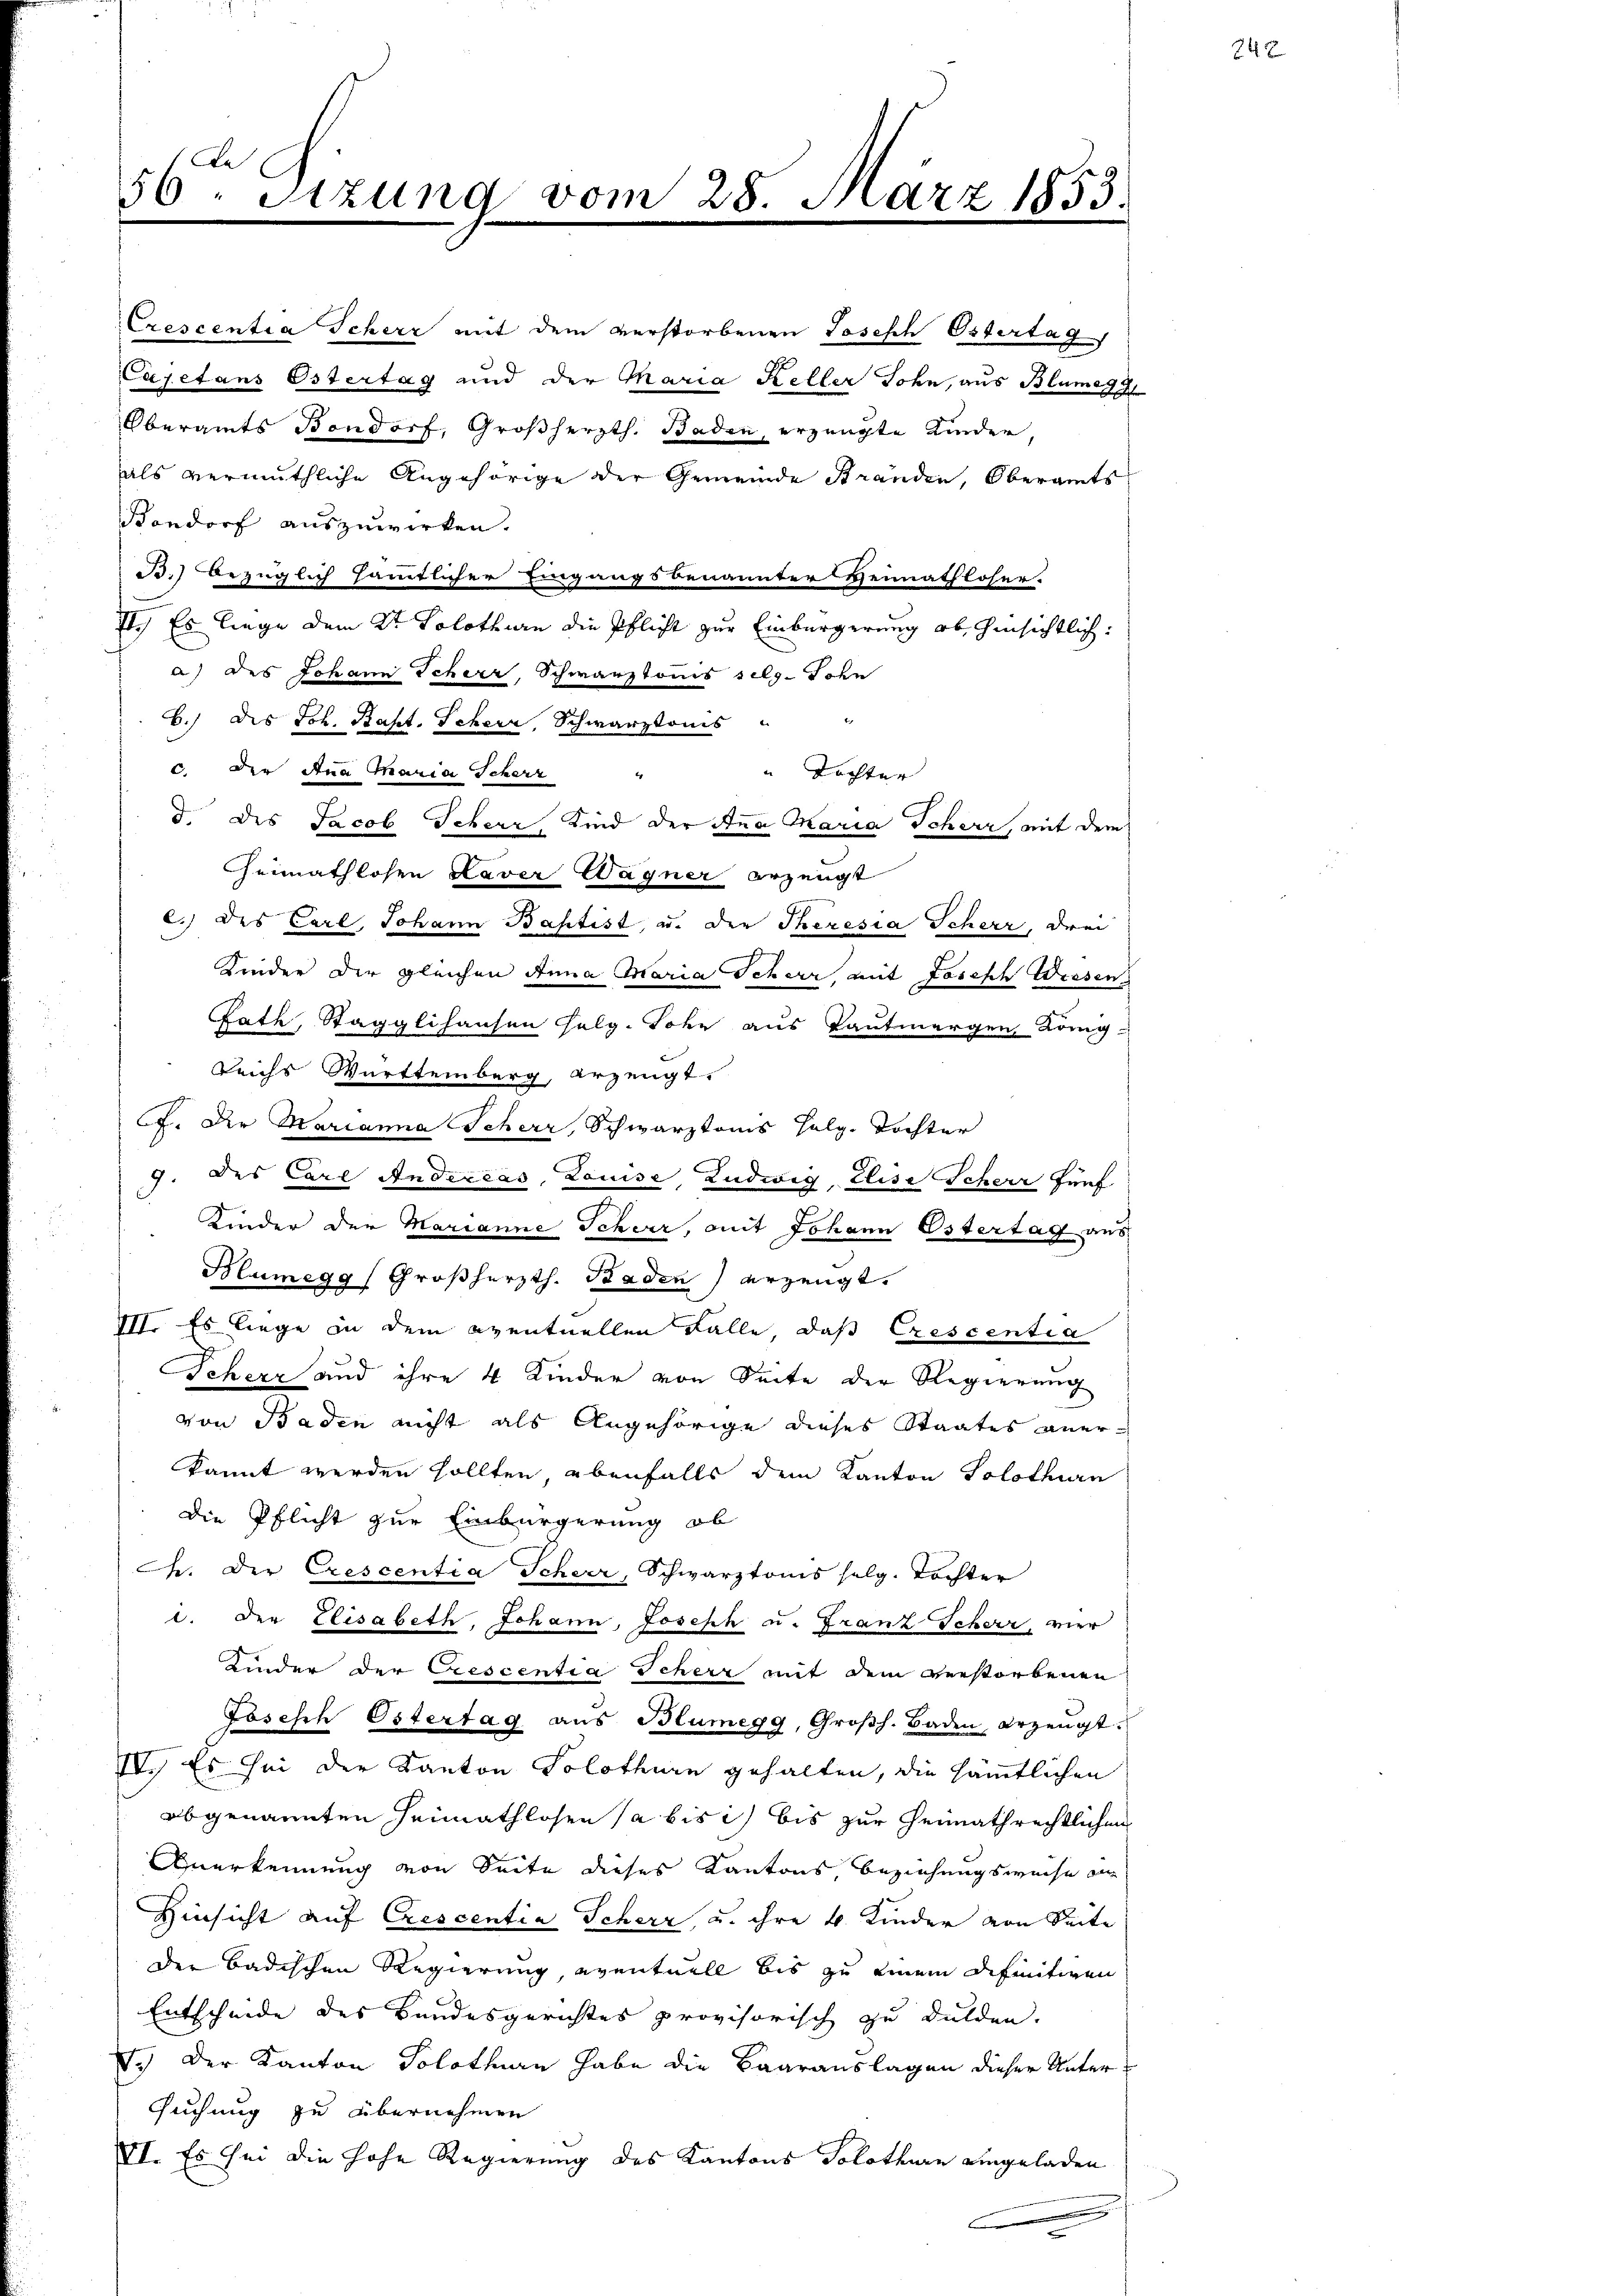
56ten Sizung vom 28. März 1853.

Crescentia Scherz mit dem verstorbenen Tosesch Östertag
Cajetans Ostertag und der Maria Keller John, aus Blumagz
Oberamts Bondorf, Großherzth. Baden, erzeugte Kinder,
als vermuthliche Angehörige der Gemeinde Bränden, Oberamts
Vondorf auszuwirken.
B.) bezüglich sämmtlicher Eingangsbenannter Heimathloser.
7) Es liege dem Kt. Solothurn die Pflicht zur Einbergerung ob, hinsichtlich:
a.) des Johann Scherz, Schwarztonis selg. John
b.) des Joh. Bapt. Schern, Schwarztonis " "
c. Die Ana Maria Scherz
" Töchter
d. des Jacob Scherr, Kind der Ana Maria Scherz, mit dem
Heimathlosen Daver Wagner erzeugt
c.) des Carl, Johann Baptist, u. der Theresia Scherz, drei
Kinder der gleichen Anna Maria Scherr, mit Joseph Wiesen
Rath, Stägglihausen Helg. John aus Tautmergen König
Reichs Württemberg, erzeugt.
F. Der Marianna Scherr, Schwarztoms Helg. Tochter
J. des Carl Andercas, Louise, Ludwig, Elise Scherr fünf
Kinder der Marianne Scheer, mit Johann Ostertag aus
Blumegg (Großherzth. Baden erzeugt.
I. Es liege in dem eventuellen Falle, daß Crescentia
Scherz und ihre 4 Kinder von Seite der Regierung
von Baden nicht als Angehörige dieses Staates anerkannt werden sollten, ebenfalls dem Kanton Solothurn
die Pflicht zur Einbürgerung ob
C. Der Crescentia Scheer, Schwarztonis selg. Töchter
1. Der Elisabeth, Johann, Joseph u. Franz Scherr, vier
Kinder der Crescentia Scherz mit dem verstorbenen
Joseph Ostertag aus Blumegg, Großh. Baden, erzeugt.
IV. Es sei der Kanton Solothurn gehalten, die sämmtlichen
abgenannten Heimathlosen ja bis ich bis zur Heimathrechtlichen
Anerkennung von Seite dieses Kantons, Beziehungsweise an
Hinsicht auf Crescentia Scherz, u. ihre 4 Kinder von Seite
der badischen Regierung, eventuell bis zu einem definitiven
Entscheide des Bundesgerichtes provisorisch zu dulden.
7.) Der Kanton Solothurn habe die Baarauslagen dieser Unter
suchung zu übernehmen
VI. Es sei die hohe Regierung des Kantons Solothurn eingeladen
e

b